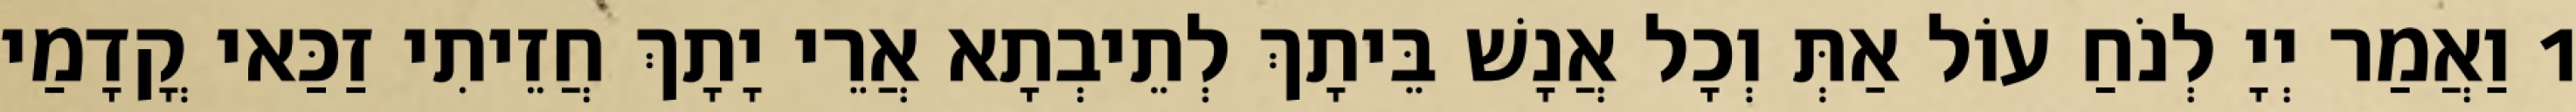
1 וַאֲמַר יְיָ לְנֹחַ עוֹל אַתְּ וְכָל אֲנָשׁ בֵּיתָךְ לְתֵיבְתָא אֲרֵי יָתָךְ חֲזֵיתִי זַכַּאי קֳדָמַי